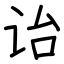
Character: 诒